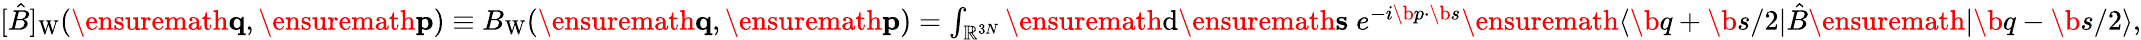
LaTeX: \begin{array}{r}{[\hat{B}]_{\mathrm{W}}(\ensuremath{\mathbf{q}},\ensuremath{\mathbf{p}})\equiv B_{\mathrm{W}}(\ensuremath{\mathbf{q}},\ensuremath{\mathbf{p}})=\int_{\mathbb{R}^{3N}}\ensuremath{\mathrm{d}}\ensuremath{\mathbf{s}}\; e^{-i\b{p}\cdot\b{s}}\ensuremath{\langle\b{q}+\b{s}/2\vert}\hat{B}\ensuremath{\vert\b{q}-\b{s}/2\rangle},}\end{array}